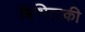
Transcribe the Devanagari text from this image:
बिभिताकी